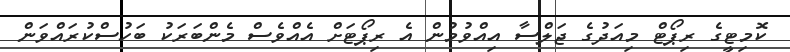
ކޮމިޓީގެ ރިޕޯޓް މިއަދުގެ ޖަލްސާ އިއްވުމުން އެ ރިޕޯޓަށް އެއްވެސް މެންބަރަކު ބަހުސްކުރައްވަން